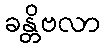
ခန္တိဗလာ